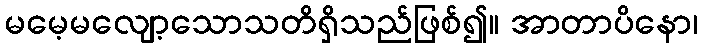
မမေ့မလျော့သောသတိရှိသည်ဖြစ်၍။ အာတာပိနော၊